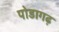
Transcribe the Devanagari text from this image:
पोडागढ़